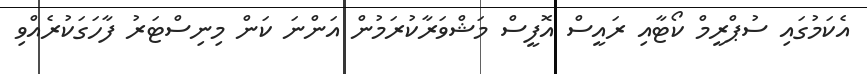
އެކަމުގައި ސުޕްރީމް ކޯޓާއި ރައީސް އޮފީސް މަޝްވަރާކުރަމުން އަންނަ ކަން މިނިސްޓަރު ފާހަގަކުރެއްވި